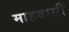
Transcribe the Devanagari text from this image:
माहवासी